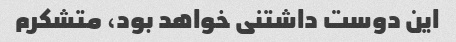
این دوست داشتنی خواهد بود، متشکرم